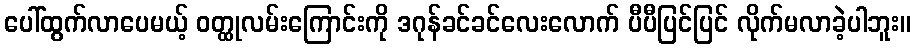
ပေါ်ထွက်လာပေမယ့် ဝတ္ထုလမ်းကြောင်းကို ဒဂုန်ခင်ခင်လေးလောက် ပီပီပြင်ပြင် လိုက်မလာခဲ့ပါဘူး။